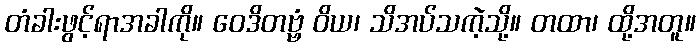
တံခါးဖွင့်ရာအခါကို။ ဝေဒိတဗ္ဗံ ဝိယ၊ သိအပ်သကဲ့သို့။ တထာ၊ ထို့အတူ။